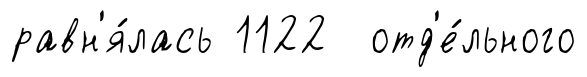
равн'я́лась 1122 отд'е́льного